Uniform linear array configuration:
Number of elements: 16
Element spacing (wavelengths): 1
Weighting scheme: binomial
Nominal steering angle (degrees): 0
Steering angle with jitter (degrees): -1.939
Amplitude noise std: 0.05
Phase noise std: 0.05

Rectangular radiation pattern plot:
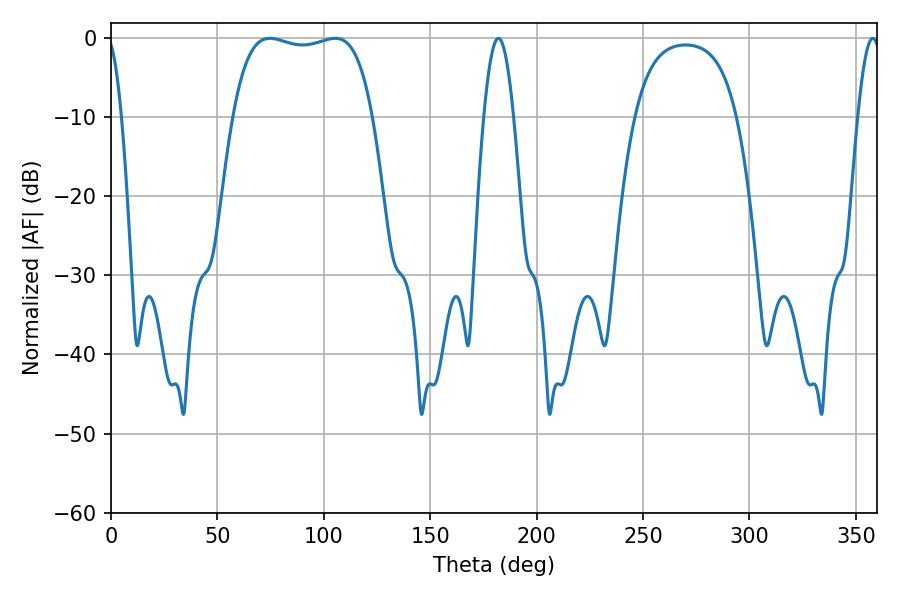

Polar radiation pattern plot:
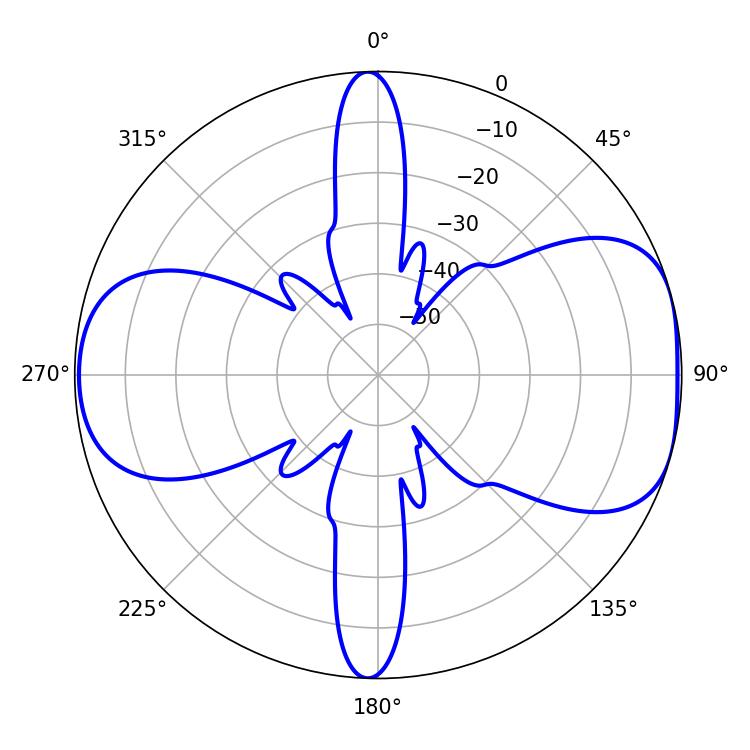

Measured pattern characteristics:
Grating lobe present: TRUE
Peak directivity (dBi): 7.325
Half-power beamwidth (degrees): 52.56
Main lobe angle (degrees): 74.7